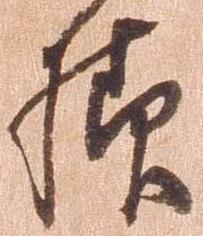
様